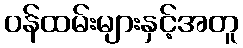
ဝန်ထမ်းများနှင့်အတူ